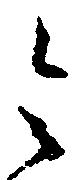
令